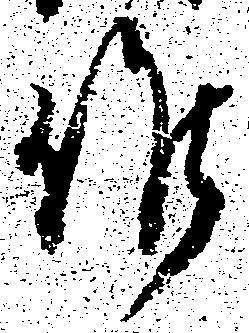
候